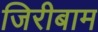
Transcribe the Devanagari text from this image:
जिरीबाम